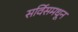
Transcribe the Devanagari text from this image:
सर्विसमधून